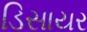
ડિસાયર